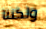
ولكننا